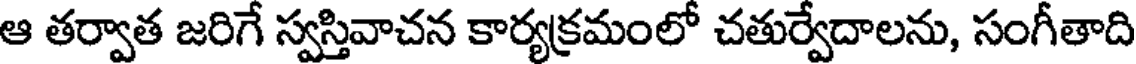
ఆ తర్వాత జరిగే స్వస్తివాచన కార్యక్రమంలో చతుర్వేదాలను, సంగీతాది